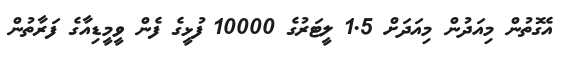
އެގޮތުން މިއަދުން މިއަދަށް 1.5 ލީޓަރުގެ 10000 ފުޅީގެ ފެން ވީމީޑިއާގެ ފަރާތުން